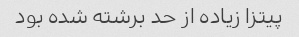
پیتزا زیاده از حد برشته شده بود